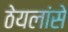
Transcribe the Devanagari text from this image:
ठेयलांसे